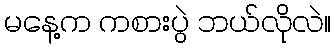
မနေ့က ကစားပွဲ ဘယ်လိုလဲ။